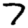
Digit: 7